Scientific memoirs by medical officers of the Army of India - Part XII,
Year: 1901
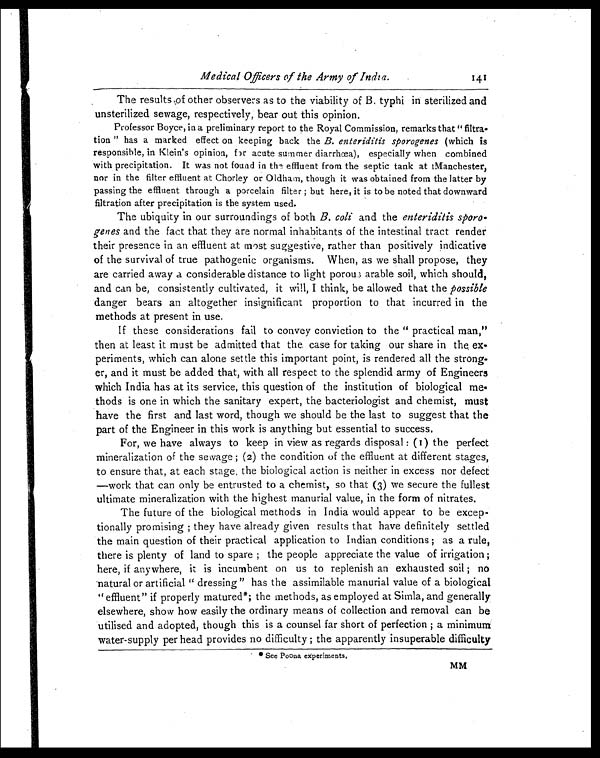
Medical Officers of the Army of India.
The results of other observers as to the viability of B. typhi in sterilized and
unsterilized sewage, respectively, bear out this opinion.
Professor Boyce, in a preliminary report to the Royal Commission, remarks that "filtra
-
tion" has a marked effect on keeping back the B. enteriditis sporogenes (which is
responsible, in Klein's opinion, for acute summer diarrhœa), especially when combined
with precipitation. It was not found in the effluent from the septic tank at Manchester,
nor in the filter effluent at Chorley or Oldham, though it was obtained from the latter by
passing the effluent through a porcelain filter; but here, it is to be noted that downward
filtration after precipitation is the system used.
The ubiquity in our surroundings of both B. coli and the enteriditis sporo
-
genes and the fact that they are normal inhabitants of the intestinal tract render
their presence in an effluent at most suggestive, rather than positively indicative
of the survival of true pathogenic organisms. When, as we shall propose, they
are carried away a considerable distance to light porou arable soil, which should,
and can be, consistently cultivated, it will, I think, be allowed that the possible
danger bears an altogether insignificant proportion to that incurred in the
methods at present in use.
If these considerations fail to convey conviction to the "practical man,"
then at least it must be admitted that the case for taking our share in the ex
-
periments, which can alone settle this important point, is rendered all the strong
-
er, and it must be added that, with all respect to the splendid army of Engineers
which India has at its service, this question of the institution of biological me
-
thods is one in which the sanitary expert, the bacteriologist and chemist, must
have the first and last word, though we should be the last to suggest that the
part of the Engineer in this work is anything but essential to success.
For, we have always to keep in view as regards disposal: (1) the perfect
mineralization of the sewage; (2) the condition of the effluent at different stages,
to ensure that, at each stage, the biological action is neither in excess nor defect
—work that can only be entrusted to a chemist, so that (3) we secure the fullest
ultimate mineralization with the highest manurial value, in the form of nitrates.
The future of the biological methods in India would appear to be excep
-
tionally promising; they have already given results that have definitely settled
the main question of their practical application to Indian conditions; as a rule,
there is plenty of land to spare; the people appreciate the value of irrigation;
here, if anywhere, it is incumbent on us to replenish an exhausted soil; no
natural or artificial "dressing" has the assimilable manurial value of a biological
"effluent" if properly matured*; the methods, as employed at Simla, and generally
elsewhere, show how easily the ordinary means of collection and removal can be
utilised and adopted, though this is a counsel far short of perfection; a minimum
water-supply per head provides no difficulty; the apparently insuperable difficulty
* S e e P o o n a e x p e r i m e n t s .
MM